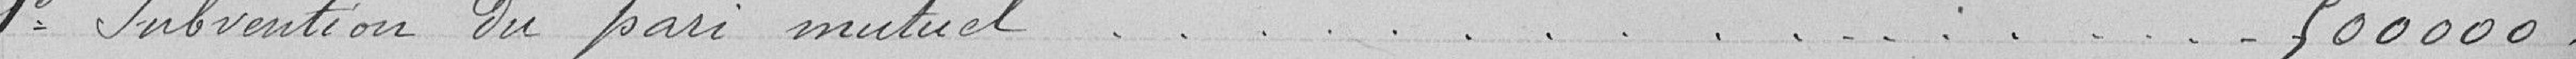
1 Subvention du pari mutuel 500000